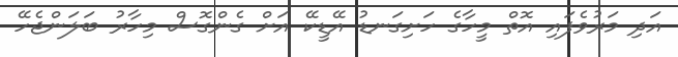
އަދި މަރުވެފައި އޮތް މީހާގެ ހަށިގަނޑު އޭޑީކޭ އަށް ގެންގޮސް މިހާރު ބަލަންޖެހޭ